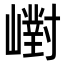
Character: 㠚